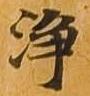
浄